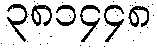
၃၈၁၄၄၈